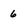
Character: 6